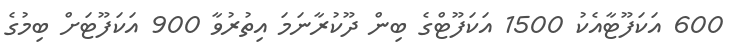
600 އަކަފޫޓާއެކު 1500 އަކަފޫޓްގެ ބިން ދޫކުރާނަމަ އިތުރުވާ 900 އަކަފޫޓަށް ބިމުގެ